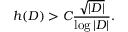
h ( D ) > C { \frac { \sqrt { | D | } } { \log | D | } } .